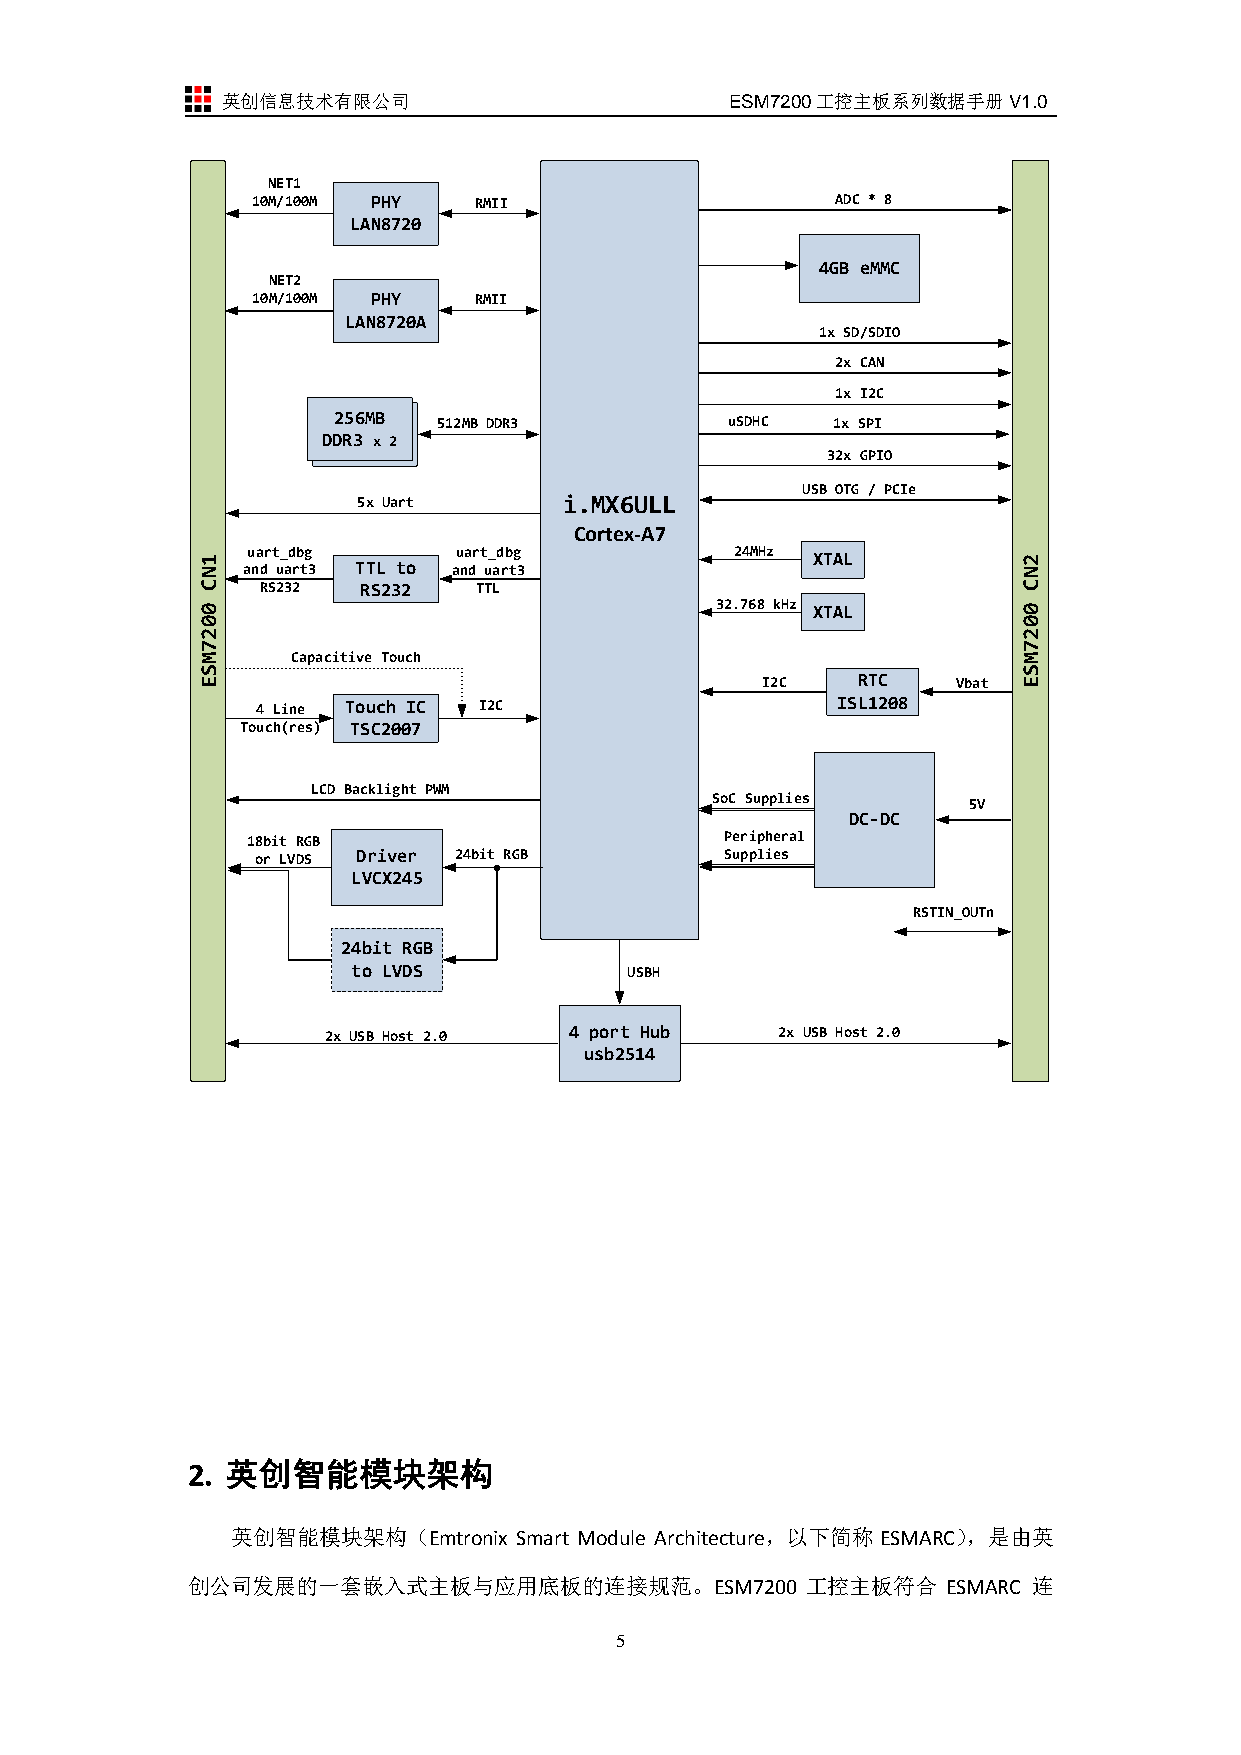
英创信息技术有限公司                       ESM7200工控主板系列数据手册V1.0
 NET1
 10M/100M PHY  RMII                    ADC * 8
 LAN8720
 4GB eMMC
 NET2
 10M/100M PHY  RMII
 LAN8720A
 1x SD/SDIO
 2x CAN
 1x I2C
 25265M6BM 512MB DDR3      uSDHC  1x SPI
 DDRD3D Rx3 2
 32x GPIO
 USB OTG / PCIe
 5x Uart      i.MX6ULL
 Cortex-A7
 N1 au na dr t u_ ad rb tg 3 TTL to au na dr t u_ ad rb tg 3 24MHz XTAL N2
 C   RS232  RS232   TTL                                 C
 0                                 32.768 kHz XTAL      0
 0                                                      0
 2                                                      2
 7                                                      7
 M     Capacitive Touch                                 M
 S                                                      S
 E                                    I2C    RTC   Vbat E
 4 Line Touch IC I2C                   ISL1208
 Touch(res) TSC2007
 LCD Backlight PWM
 SoC Supplies     5V
 DC-DC
 18bit RGB                       Peripheral
 or LVDS Driver 24bit RGB       Supplies
 LVCX245
 RSTIN_OUTn
 24bit RGB
 to LVDS            USBH
 2x USB Host 2.0  4 port Hub   2x USB Host 2.0
 usb2514
 2. 英创智能模块架构
 英创智能模块架构（Emtronix  Smart Module Architecture，以下简称ESMARC），是由英
 创公司发展的一套嵌入式主板与应用底板的连接规范。ESM7200          工控主板符合    ESMARC 连
 5